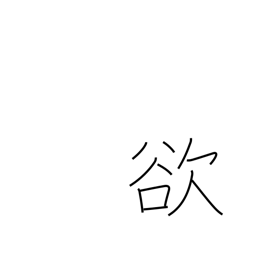
Meaning: covetousness